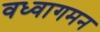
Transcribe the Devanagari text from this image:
वध्वागमन